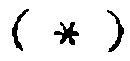
(\*)